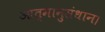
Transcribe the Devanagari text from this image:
आत्मानुसंधान।